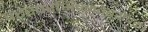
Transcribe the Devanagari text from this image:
परस्‍परभिन्‍नतेबरोबरच